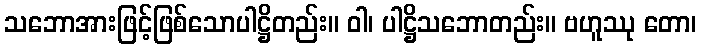
သဘောအားဖြင့်ဖြစ်သောပါဋ္ဌိတည်း။ ဝါ၊ ပါဋ္ဌိသဘောတည်း။ ဗဟူဿု တော၊